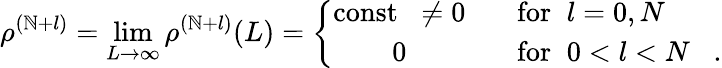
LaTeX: \rho^{(\mathbb{N}+l)}=\operatorname*{lim}_{L\rightarrow\infty}\rho^{(\mathbb{N}+l)}(L)=\left\{ \begin{array}{cl}{{\mathrm{const}\; \; \neq 0}}&{{\; \; \; \mathrm{for}\; \; l=0,N}}\\ {{0}}&{{\; \; \; \mathrm{for}\; \; 0<l<N\; \; \; .}}\end{array}\right.